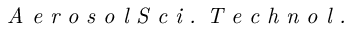
\textit { A e r o s o l S c i . T e c h n o l . }